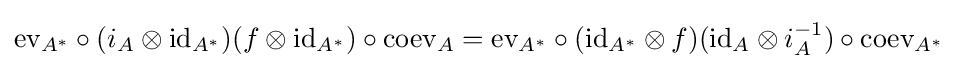
{\text{ev}}_{A^{*}}\circ (i_{A}\otimes {\text{id}}_{A^{*}})(f\otimes {\text{id}}_{A^{*}})\circ {\text{coev}}_{A}={\text{ev}}_{A^{*}}\circ ({\text{id}}_{A^{*}}\otimes f)({\text{id}}_{A}\otimes i_{A}^{-1})\circ {\text{coev}}_{A^{*}}